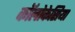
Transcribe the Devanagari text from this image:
कॉलोकेसिया